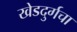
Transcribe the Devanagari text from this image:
खेडदुर्गचा